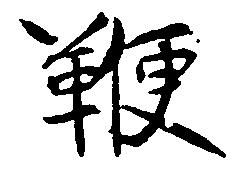
鞭